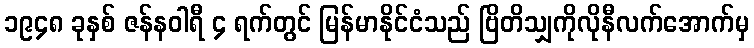
၁၉၄၈ ခုနှစ် ဇန်နဝါရီ ၄ ရက်တွင် မြန်မာနိုင်ငံသည် ဗြိတိသျှကိုလိုနီလက်အောက်မှ